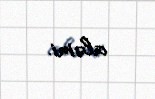
aləmi.